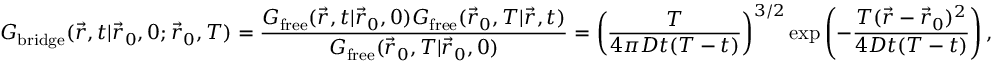
G _ { \mathrm { b r i d g e } } ( \vec { r } , t | \vec { r } _ { 0 } , 0 ; \vec { r } _ { 0 } , T ) = \frac { G _ { \mathrm { f r e e } } ( \vec { r } , t | \vec { r } _ { 0 } , 0 ) G _ { \mathrm { f r e e } } ( \vec { r } _ { 0 } , T | \vec { r } , t ) } { G _ { \mathrm { f r e e } } ( \vec { r } _ { 0 } , T | \vec { r } _ { 0 } , 0 ) } = \left( \frac { T } { 4 \pi D t ( T - t ) } \right) ^ { 3 / 2 } \exp \left( - \frac { T ( \vec { r } - \vec { r } _ { 0 } ) ^ { 2 } } { 4 D t ( T - t ) } \right) ,